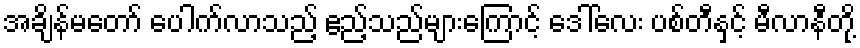
အချိန်မတော် ပေါက်လာသည့် ဧည့်သည်များကြောင့် ဒေါ်လေး ပစ်တီနှင့် မီလာနီတို့